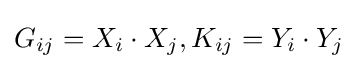
G_{ij}=X_{i}\cdot X_{j},K_{ij}=Y_{i}\cdot Y_{j}\,\!